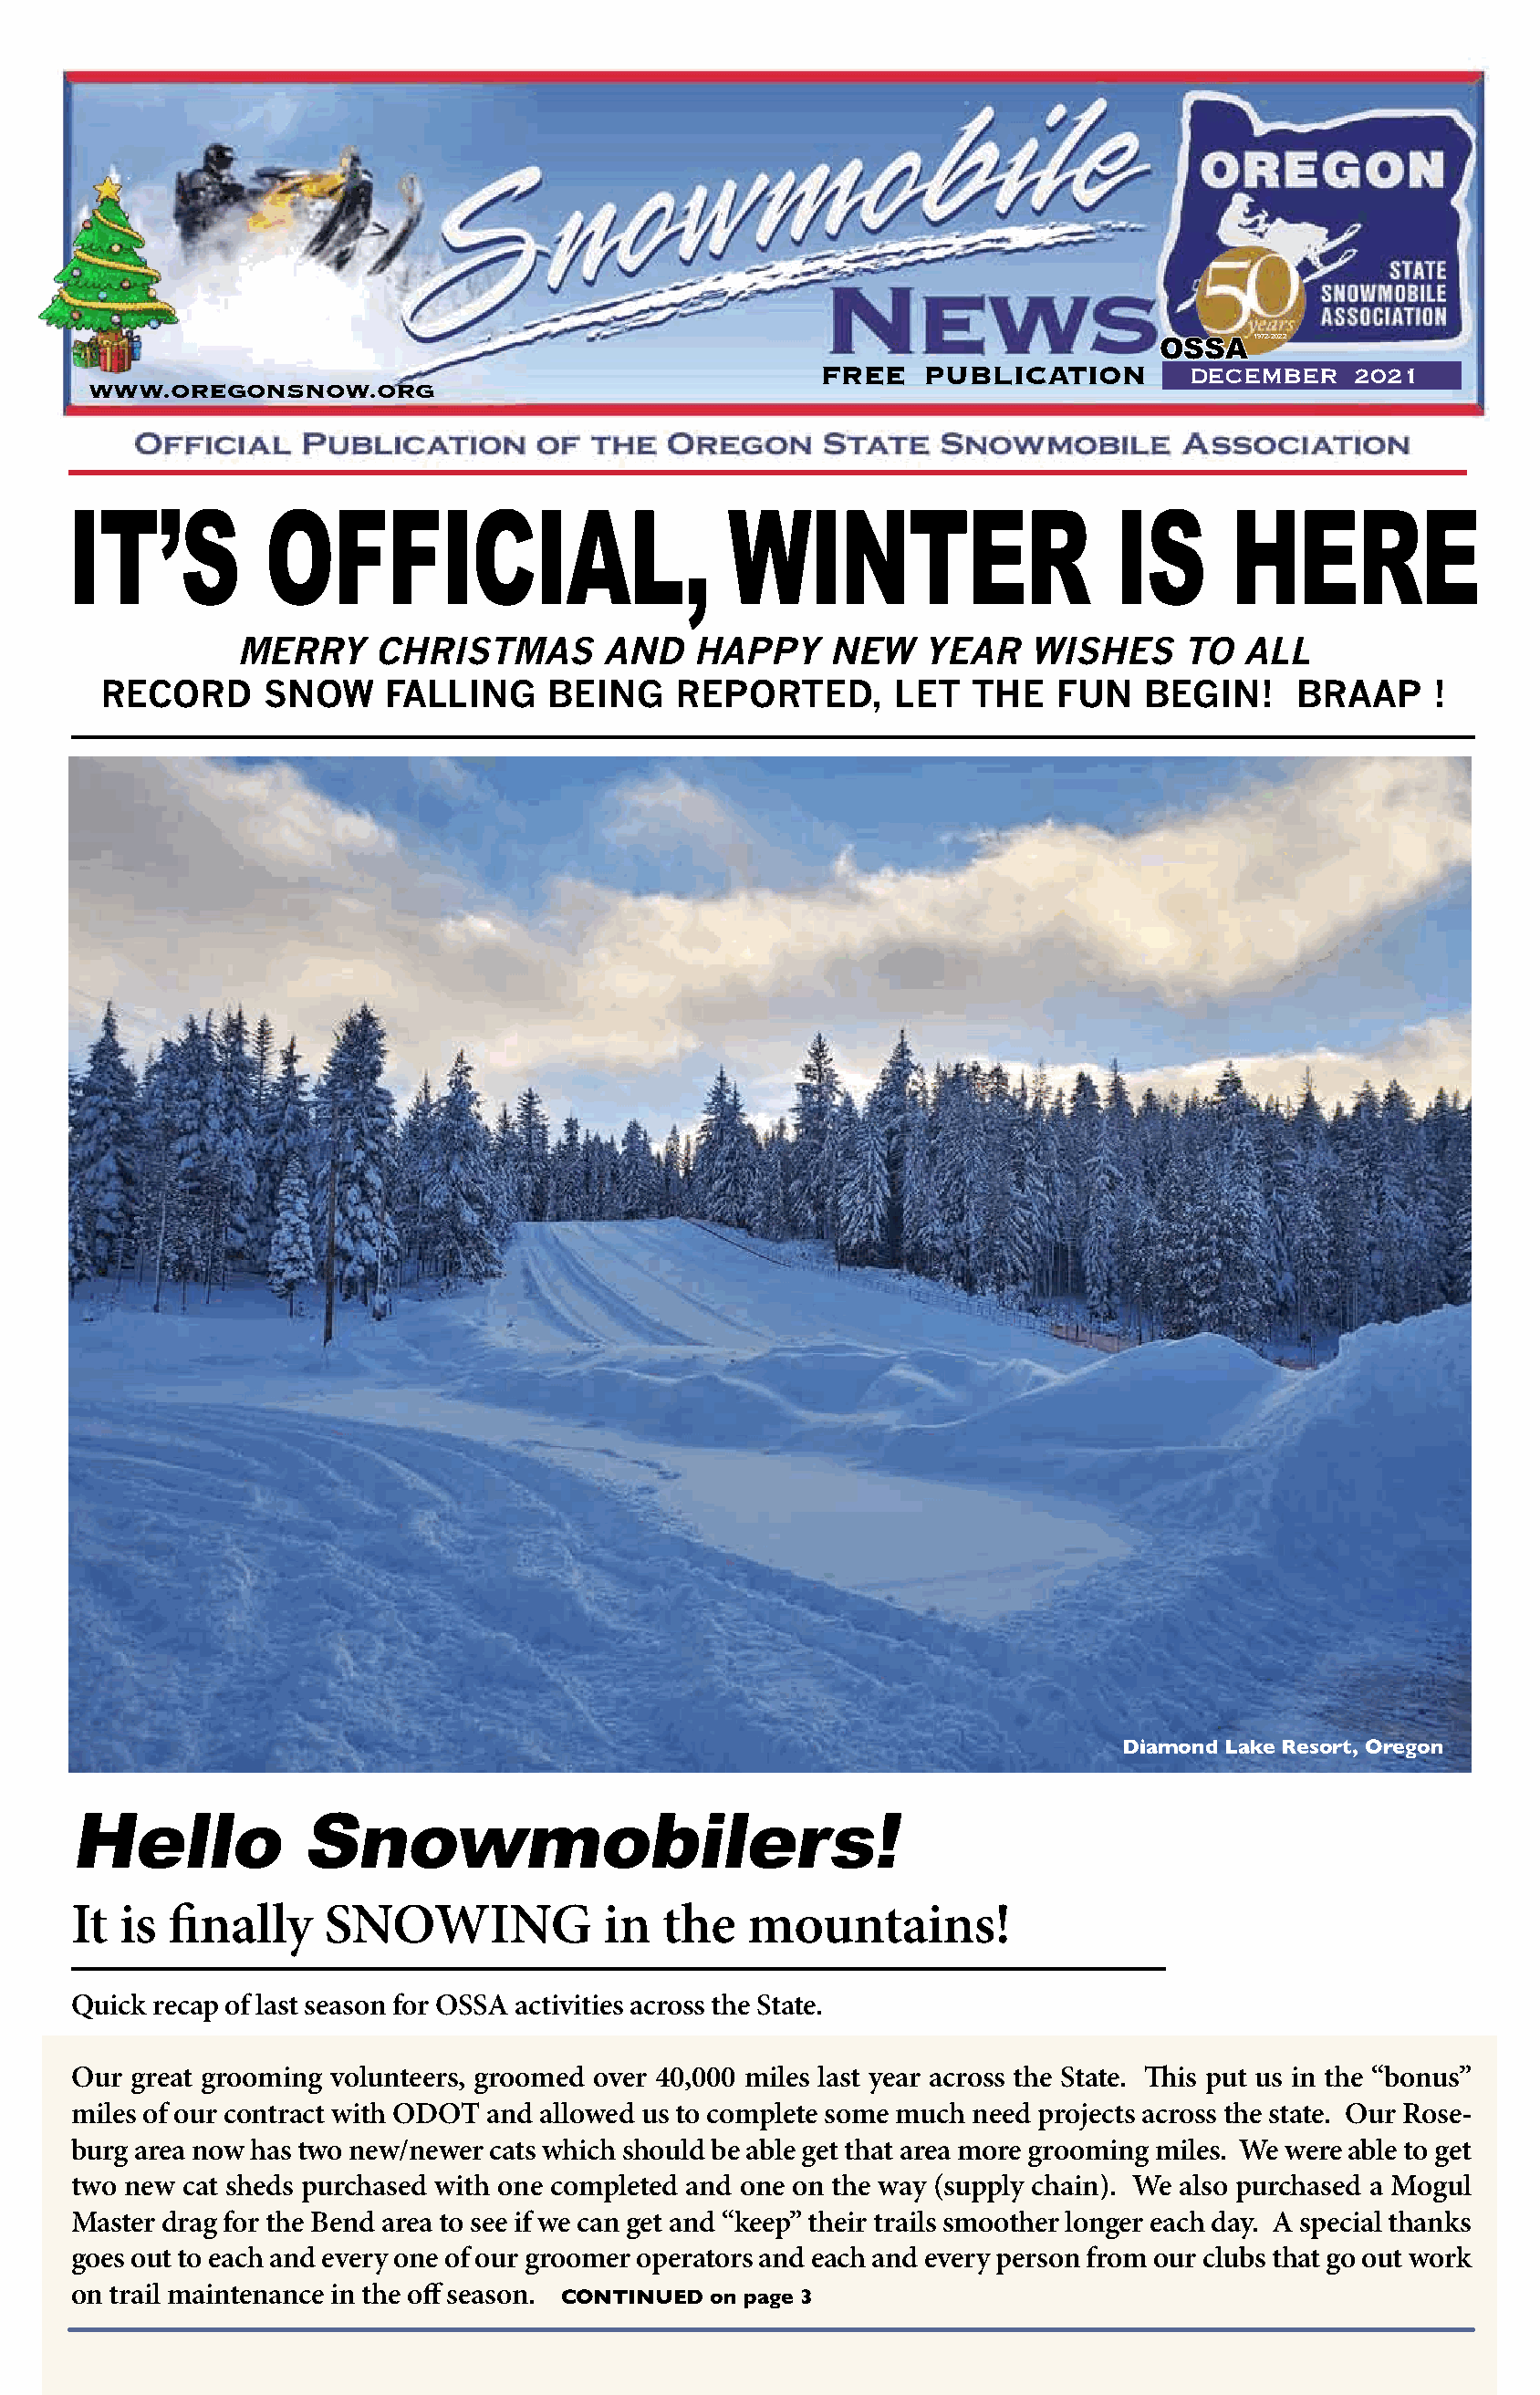
OSSA   1972-2022
 FREE   PUBLICATION        DECEMBER    2021
 WWW.OREGONSNOW.ORG
 IT’S          OFFICIAL,                         WINTER                      IS      HERE
 MERRY     CHRISTMAS        AND   HAPPY     NEW    YEAR    WISHES     TO  ALL
 RECORD      SNOW     FALLING     BEING    REPORTED,       LET   THE   FUN   BEGIN!     BRAAP     !
 Diamond Lake Resort, Oregon
 Hello            Snowmobilers!
 It  is finally     SNOWING             in  the   mountains!
 Quick recap of last season for OSSA activities across the State.
 Our great grooming volunteers, groomed over 40,000 miles last year across the State. This put us in the “bonus”
 miles of our contract with ODOT and allowed us to complete some much need projects across the state. Our Rose-
 burg area now has two new/newer cats which should be able get that area more grooming miles. We were able to get
 two new cat sheds purchased with one completed and one on the way (supply chain). We also purchased a Mogul
 Master drag for the Bend area to see if we can get and “keep” their trails smoother longer each day. A special thanks
 goes out to each and every one of our groomer operators and each and every person from our clubs that go out work
 on trail maintenance in the off season.
 CONTINUED  on page 3